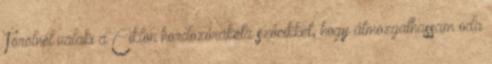
Törölnél valaki a Ciklon hordozórakéta szócikket, hogy átmozgathassam oda